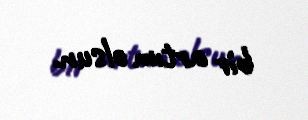
bir artım olsun.